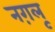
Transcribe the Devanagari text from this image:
नग़लू